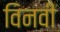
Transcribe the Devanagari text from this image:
विनवी